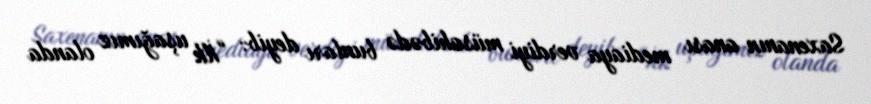
Saxenanın anası mediaya verdiyi müsahibədə bunları deyib: “İlk uşağımız olanda